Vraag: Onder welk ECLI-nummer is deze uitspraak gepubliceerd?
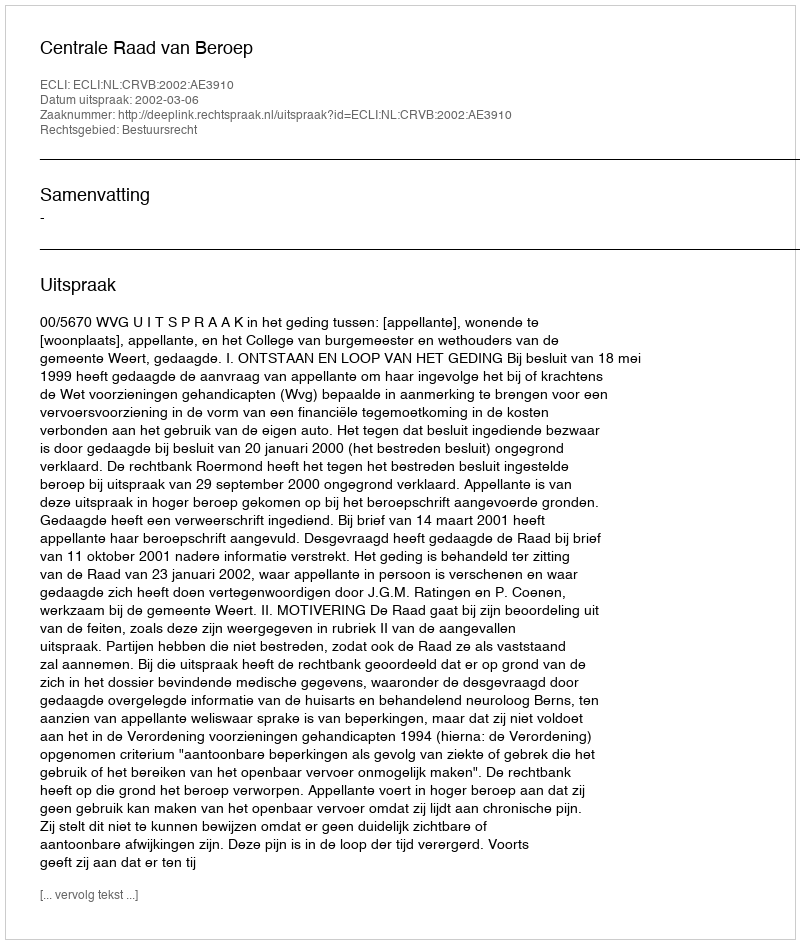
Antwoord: ECLI:NL:CRVB:2002:AE3910